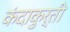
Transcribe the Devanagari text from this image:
कंदाकुर्ती